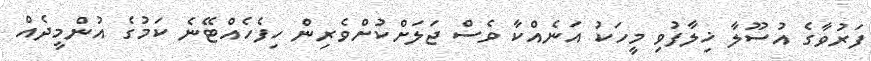
ފަރުވާގެ އުސޫލާ ޚިލާފުވި މީހަކު އަނެއްކާ ވެސް ޖަލަށްކުށްވެރިން ހިފެހެއްޓޭނެ ކަމުގެ އުންމީދެއް